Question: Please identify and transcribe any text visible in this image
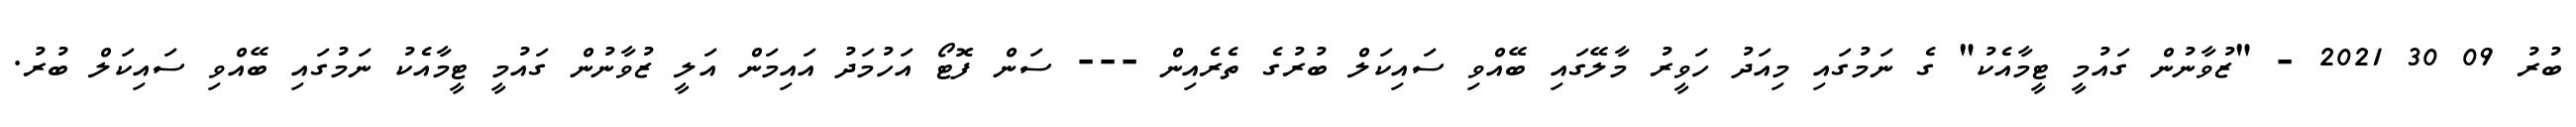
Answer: ބުރު 09 30 2021 - "ޒުވާނުން ގައުމީ ޓީމާއެކު" ގެ ނަމުގައި މިއަދު ހަވީރު މާލޭގައި ބޭއްވި ސައިކަލް ބުރުގެ ތެރެއިން --- ސަން ފޮޓޯ އަހުމަދު އައިމަން އަލީ ޒުވާނުން ގައުމީ ޓީމާއެކު ނަމުގައި ބޭއްވި ސައިކަލް ބުރު.